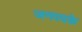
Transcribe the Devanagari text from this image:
जनपदके